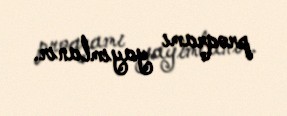
proqramı yayımlanır.